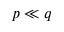
p \ll q